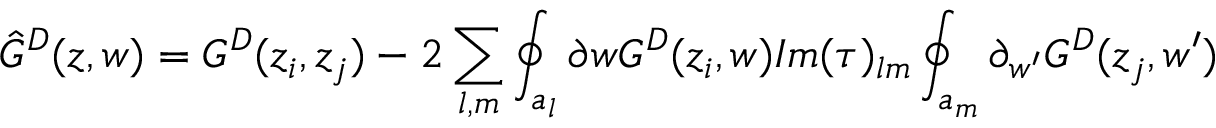
\hat { G } ^ { D } ( z , w ) = G ^ { D } ( z _ { i } , z _ { j } ) - 2 \sum _ { l , m } \oint _ { a _ { l } } \partial { w } G ^ { D } ( z _ { i } , w ) I m ( \tau ) _ { l m } \oint _ { a _ { m } } \partial _ { w ^ { \prime } } G ^ { D } ( z _ { j } , w ^ { \prime } )